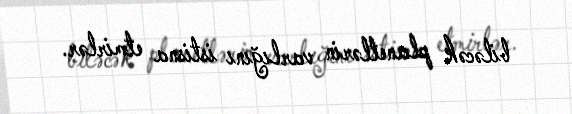
biləcək planetlərin varlığını istisna etmirlər.